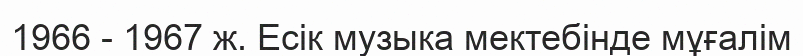
1966 - 1967 ж. Есік музыка мектебінде мұғалім